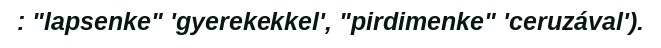
: "lapsenke" 'gyerekekkel', "pirdimenke" 'ceruzával').